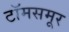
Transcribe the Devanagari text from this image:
टॉमसमूर